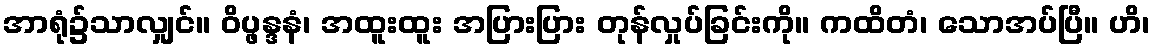
အာရုံ၌သာလျှင်။ ဝိပ္ဖန္ဒနံ၊ အထူးထူး အပြားပြား တုန်လှုပ်ခြင်းကို။ ကထိတံ၊ သောအပ်ပြီ။ ဟိ၊